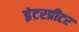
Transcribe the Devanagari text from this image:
इंटरप्रीटर